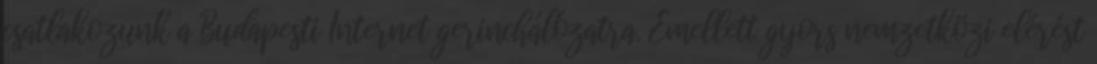
csatlakozunk a Budapesti Internet gerinchálózatra. Emellett gyors nemzetközi elérést